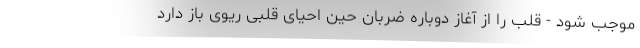
موجب شود - قلب را از آغاز دوباره ضربان حین احیای قلبی ریوی باز دارد